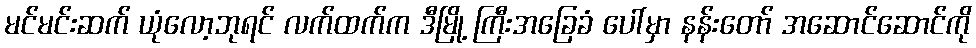
မင်မင်းဆက် ယုံလော့ဘုရင် လက်ထက်က ဒီမြို့ ကြီးအခြေခံ ပေါ်မှာ နန်းတော် အဆောင်ဆောင်ကို